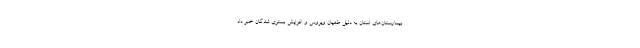
بیمارستان‌های استان به دلیل طغیان ویروس و افزایش بستری شدگان خبر داد